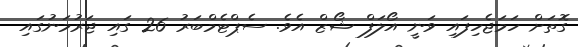
ގޮތަށް ހަމަޖެހިފައި ވަނީ އޯލަފް ޝޯޒް އެވެ. ސެޕްޓެމްބަރު 26 ގައި ޖަރުމަނުގައި